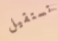
تستقيل